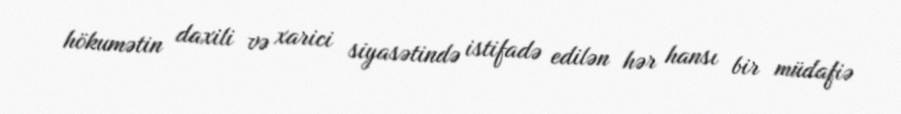
hökumətin daxili və xarici siyasətində istifadə edilən hər hansı bir müdafiə